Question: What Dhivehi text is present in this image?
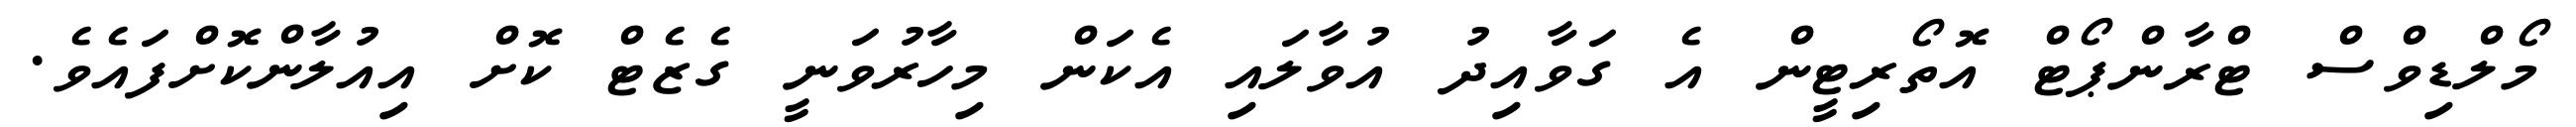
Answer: މޯލްޑިވްސް ޓްރާންޕޯޓް އޮތޯރިޓީން އެ ގަވާއިދު އުވާލައި އެކަން މިހާރުވަނީ ގެޒެޓް ކޮށް އިއުލާންކޮށްފައެވެ.